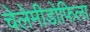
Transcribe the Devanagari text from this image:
चेलेमीडोफिला